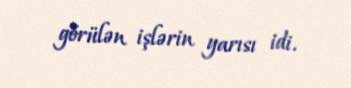
görülən işlərin yarısı idi.